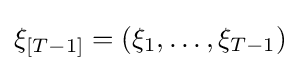
\xi _{[T-1]}=(\xi _{1},\dots ,\xi _{T-1})